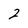
Character: Z